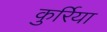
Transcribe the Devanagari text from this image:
कुर्रिया